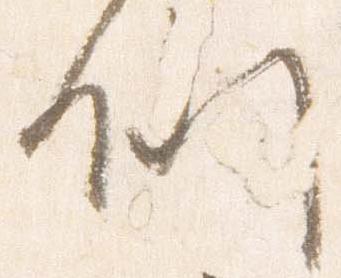
例